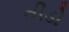
તીડો